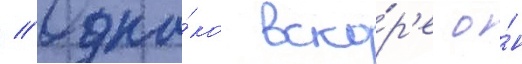
// Одна́ко вско́р'е о́н